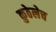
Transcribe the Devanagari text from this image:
कुठेलेच